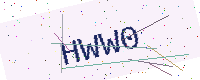
Text: HWW0